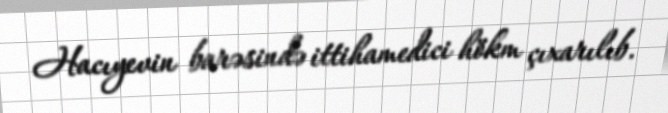
Hacıyevin barəsində ittihamedici hökm çıxarılıb.